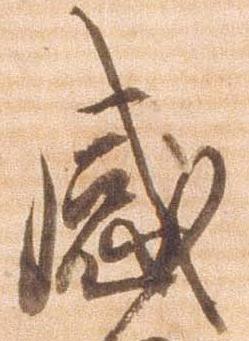
感